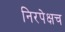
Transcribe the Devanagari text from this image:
निरपेक्षच